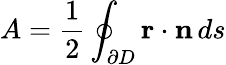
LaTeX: A={\frac{1}{2}}\oint_{\partial D}\mathbf{r}\cdot\mathbf{n}\, ds